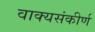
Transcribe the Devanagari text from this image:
वाक्यसंकीर्ण